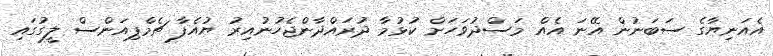
އެއަނިޔާގެ ސަބަނުން އޭނަ އެއް މަސްދުވަހަށް ކުޅުމާ ދުރައްދާންޖެހުނުއިރު ޔުއެފާ ޗެމްޕިއަންސް ލީގުގައި